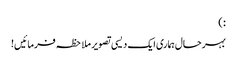
: )
بہرحال ہماری ایک دیسی تصویر ملاحظہ فرمائیں!